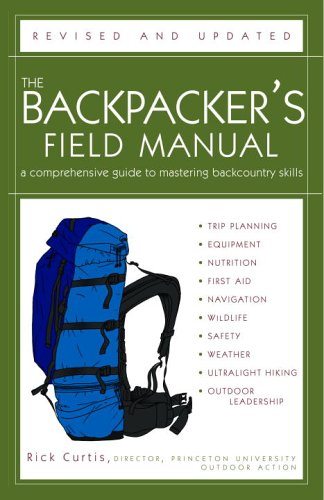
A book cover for The Backpacker's Field Manual, Revised and Updated: A Comprehensive Guide to Mastering Backcountry Skills; Rick Curtis; Sports & Outdoors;